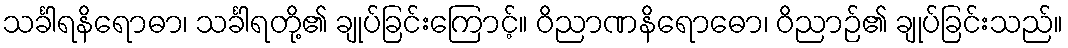
သင်္ခါရနိရောဓာ၊ သင်္ခါရတို့၏ ချုပ်ခြင်းကြောင့်။ ဝိညာဏနိရောဓော၊ ဝိညာဉ်၏ ချုပ်ခြင်းသည်။